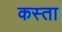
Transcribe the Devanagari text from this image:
कस्ता